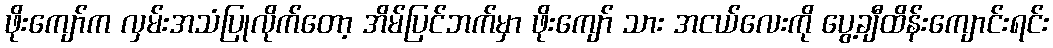
ဖိုးကျော်က လှမ်းအသံပြုလိုက်တော့ အိမ်ပြင်ဘက်မှာ ဖိုးကျော် သား အငယ်လေးကို ပွေ့ချီထိန်းကျောင်းရင်း